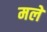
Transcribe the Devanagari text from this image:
मलें